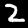
Label: 2